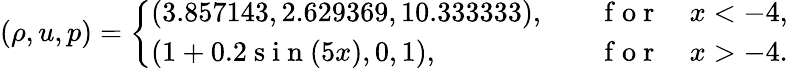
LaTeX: (\rho,u,p)=\left\{ \begin{array}{ll}{(3.857143,2.629369,10.333333),\quad}&{\mathrm{~f~o~r~}\quad x<-4,}\\ {(1+0.2\mathrm{~s~i~n~}(5x),0,1),\quad}&{\mathrm{~f~o~r~}\quad x>-4.}\end{array}\right.